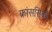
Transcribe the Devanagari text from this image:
फ्रांससिको